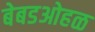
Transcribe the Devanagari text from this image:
बेबडओहळ